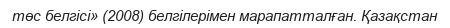
төс белгісі» (2008) белгілерімен марапатталған. Қазақстан